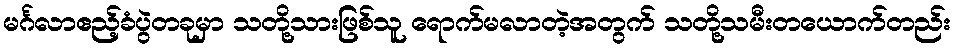
မင်္ဂလာဧည့်ခံပွဲတခုမှာ သတို့သားဖြစ်သူ ရောက်မလာတဲ့အတွက် သတို့သမီးတယောက်တည်း